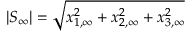
| S _ { \mathrm { \infty } } | = \sqrt { x _ { 1 , \mathrm { \infty } } ^ { 2 } + x _ { 2 , \mathrm { \infty } } ^ { 2 } + x _ { 3 , \mathrm { \infty } } ^ { 2 } }